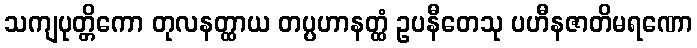
သကျပုတ္တိကော တုလနတ္ထာယ တပ္ပဟာနတ္ထံ ဥပနီတေသု ပဟီနဇာတိမရဏော